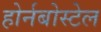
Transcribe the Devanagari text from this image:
होर्नबोस्टेल